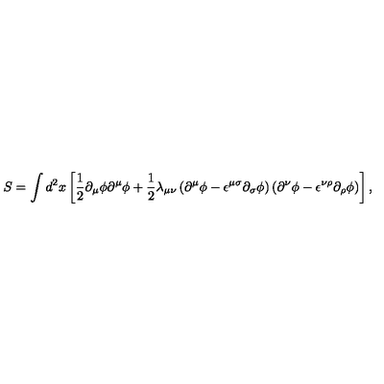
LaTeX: S = \int d ^ { 2 } x \left[ { \frac 1 2 } { \partial } _ { \mu } { \phi } { \partial } ^ { \mu } { \phi } + { \frac 1 2 } { \lambda } _ { { \mu } { \nu } } \left( { \partial } ^ { \mu } { \phi } - { \epsilon } ^ { { \mu } { \sigma } } { \partial } _ { \sigma } { \phi } \right) \left( { \partial } ^ { \nu } { \phi } - { \epsilon } ^ { { \nu } { \rho } } { \partial } _ { \rho } { \phi } \right) \right] ,